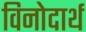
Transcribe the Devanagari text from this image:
विनोदार्थ